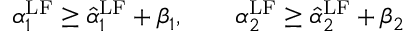
\alpha _ { 1 } ^ { \mathrm { { L F } } } \geq \hat { \alpha } _ { 1 } ^ { \mathrm { { L F } } } + \beta _ { 1 } , \qquad \alpha _ { 2 } ^ { \mathrm { { L F } } } \geq \hat { \alpha } _ { 2 } ^ { \mathrm { { L F } } } + \beta _ { 2 }